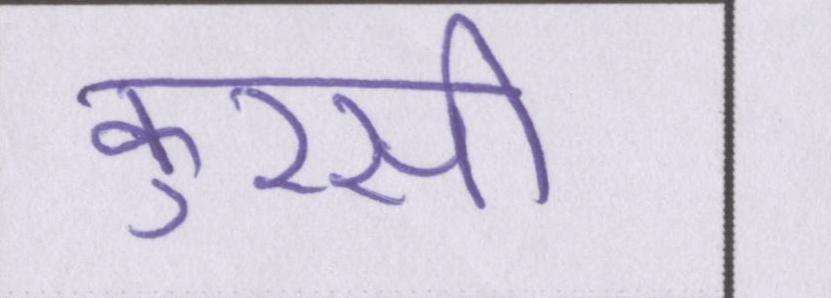
कुरसी